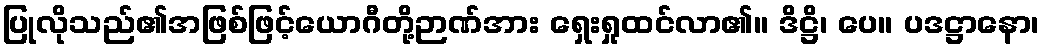
ပြုလိုသည်၏အဖြစ်ဖြင့်ယောဂီတို့ဉာဏ်အား ရှေးရှုထင်လာ၏။ ဒိဋ္ဌိ၊ ပေ။ ပဒဋ္ဌာနော၊